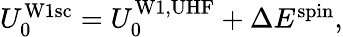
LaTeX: \begin{array}{r}{U_{0}^{\mathrm{W1sc}}=U_{0}^{\mathrm{W1,UHF}}+\Delta E^{\mathrm{spin}},}\end{array}